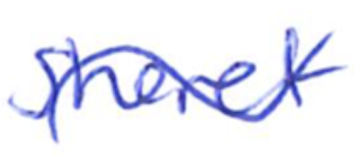
Text: Sheret
Cross-out: wave
Writing tool: ballpoint